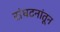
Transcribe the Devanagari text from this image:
संघटनांतून